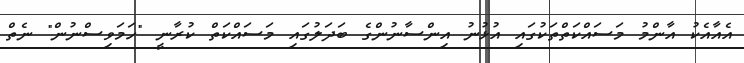
އެއާއެކު އާންމު މަސައްކަތްތަކުގައި އުޅުނު އިންސާނުންގެ ބަދަލުގައި މަސައްކަތް ކުރާނީ "ހަމަވިސްނުން" ނެތް